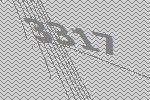
3317